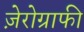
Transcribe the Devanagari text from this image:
ज़ेरोग्राफी